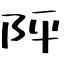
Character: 𨸶